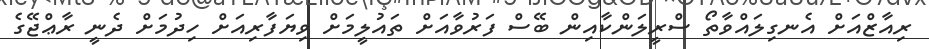
ރިއާޒްއަށް އެނގިލައްވާތޯ ސްރީލަންކާއިން ބޭސް ފަރުވާއަށް ތައުލީމަށް ވިޔަފާރިއަށް ހިދުމަށް ދެނީ ރާޢްޖޭގެ